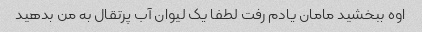
اوه ببخشید مامان یادم رفت لطفا یک لیوان آب پرتقال به من بدهید